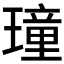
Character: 𤩔